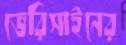
ভেরিসাইনের